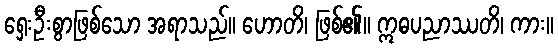
ရှေးဦးစွာဖြစ်သော အရာသည်။ ဟောတိ၊ ဖြစ်၏။ ဣဓပညာဿတိ၊ ကား။